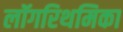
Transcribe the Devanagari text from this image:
लॉगरिथमिका